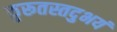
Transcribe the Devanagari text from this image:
कुरूतस्तदुभयं